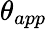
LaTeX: \theta_{app}